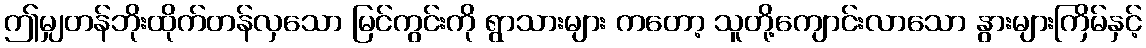
ဤမျှတန်ဘိုးထိုက်တန်လှသော မြင်ကွင်းကို ရွာသားများ ကတော့ သူတို့ကျောင်းလာသော နွားများကြိမ်နှင့်